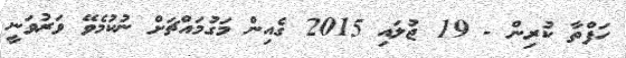
ހަފްތާ ކުރިން - 19 ޖުލައި 2015 ގެއިން މަގުމައްޗަށް ނުކުމެވޭ ވަރުވަނީ